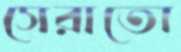
সেরাতো